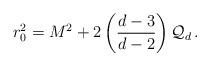
LaTeX: \begin{align*}r_{0}^{2} = M^{2} + 2\left(\frac{d-3}{d-2}\right){\cal Q}_{d} \, .\end{align*}